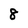
Character: 8